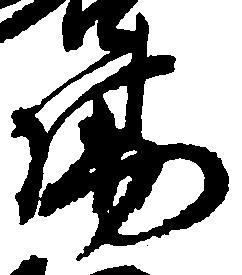
場